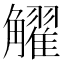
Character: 𧥋